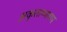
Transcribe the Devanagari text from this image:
अकृताभ्यागम